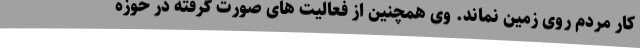
کار مردم روی زمین نماند. وی همچنین از فعالیت های صورت گرفته در حوزه